Reports on dispensaries and lunatic asylums in the Province of Oudh - 1869-1876
Year: 1869
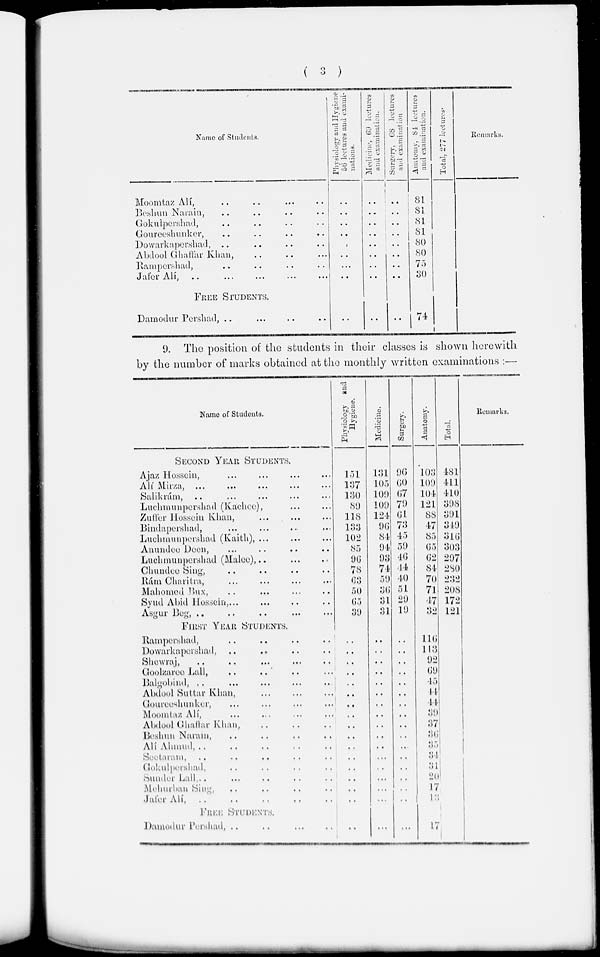
( 3 )
Name of Students.
Moomtaz Alí, .. .. .. ..
Beshun Nurain, .. .. .. ..
Gokulpershad, .. .. .. ..
Goureeshunker, .. .. .. ..
Dowarkapershad, .. .. .. ..
Abdool Ghaffar Khan, .. .. ..
Rampershad, .. .. .. ..
Jafer Alí, .. .. .. ..
FREE
STUDENTS.
Damodur Pershad, .. .. .. .. ..
Physiology and Hygiene
56 lectures and exami-
nations.
..
..
..
..
..
..
...
..
..
..
Medicine, 69 lectures
and examination.
..
..
..
..
..
..
..
..
..
..
Surgery,
68
lectures
and examination
..
..
..
..
..
..
..
..
..
..
Anatomy. 84 lectures
and examination.
81
81
81
81
80
80
75
30
74
Total. 277 lectures.
Remarks.
9. The position of the students in their classes is shown herewith
by the number of marks obtained at the monthly written examinations :—
Name of Students.
SECOND
YEAR
STUDENTS
Ajaz Hossein, ... ... ... ... ...
Alí Mirza, ... ... ... ... ... ...
Salikrám, ... ... ... ... ... ...
Luchmunpershad (Kachee), ... ...
Zuffer Hossein Khan, ... ... ...
Bindapershad, ... ... ... ... ...
Luchmunpershad (Kaith), ... ... ...
Anundee Deen, ... ... ... ...
Luchmunpershad (Malee), ... ... ...
Chundee Sing, .. .. .. ..
Rám Charitra, ... ... ... ...
Mahomed Bux, ... ... ... ...
Syud Abid Hossein, ... ... ... ...
Asgur Beg, .. .. .. .. ...
FIRST YEAR STUDENTS.
Rampershad, .. .. .. .. ..
Dowarkapershad, .. .. .. .. ..
Shewraj, .. .. .. .. ..
Goolzaree Lall, .. .. .. .. ..
Balgobind, ... ... ... ...
Abdool Suttar Khan, ... ... ... ...
Goureeshunker, ... ... ... ...
Moomtaz Alí, ... ... ... ...
Abdool Ghaffar Khan, .. .. ..
Beshun Narain, .. .. .. ..
Alí Ahmud, .. .. .. .. ..
Seetaram, .. .. .. ..
Gokulpershad, .. .. .. .. ..
Sunder Lall, .. .. .. .. ..
Mehurban Sing, .. .. .. ..
Jafer Alí,
..
..
..
..
FREE STUDENTS.
Damodur Pershad,
.. .. ... ...
Physiology and
Hygiene.
151
137
130
89
118
133
102
85
96
78
63
50
65
39
..
..
..
..
..
..
..
..
..
..
..
..
..
..
..
..
..
Medicine.
131
105
109
109
124
96
84
94
93
74
59
36
31
31
..
..
..
..
..
..
..
..
..
..
..
...
..
...
...
...
...
Surgery.
96
60
67
79
61
73
45
59
46
44
40
51
29
19
..
..
..
..
..
..
..
..
..
..
..
..
..
..
..
..
...
Anatomy.
103
109
104
121
88
47
85
65
62
84
70
71
47
32
116
113
92
69
45
44
44
39
37
36
35
31
31
20
17
13
17
Total.
481
411
410
398
391
349
316
303
297
280
232
208
172
121
Remarks.